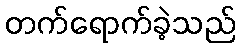
တက်ရောက်ခဲ့သည်